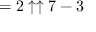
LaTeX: = 2 \uparrow \uparrow 7 - 3